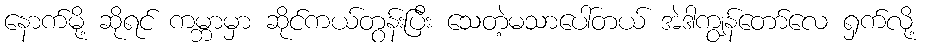
နောက်မို့ ဆိုရင် ကမ္ဘာမှာ ဆိုင်ကယ်တွန်းပြီး သေတဲ့မသာပေါ်တယ် အဲဒါကျွန်တော်လေ ရှက်လို့